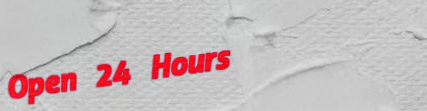
Open 24 Hours